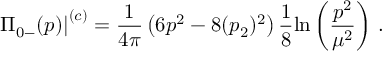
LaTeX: \displaystyle { \left. \Pi _ { 0 - } ( p ) \right| ^ { ( c ) } = \frac { 1 } { 4 \pi } \left( 6 p ^ { 2 } - 8 ( p _ { 2 } ) ^ { 2 } \right) \frac { 1 } { 8 } \mathrm { l n } \left( \frac { p ^ { 2 } } { \mu ^ { 2 } } \right) \, . }